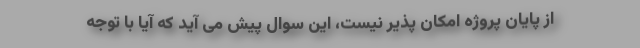
از پایان پروژه امکان پذیر نیست، این سوال پیش می آید که آیا با توجه